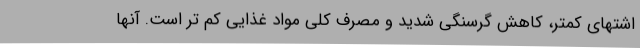
اشتهای کمتر، کاهش گرسنگی شدید و مصرف کلی مواد غذایی کم تر است. آنها